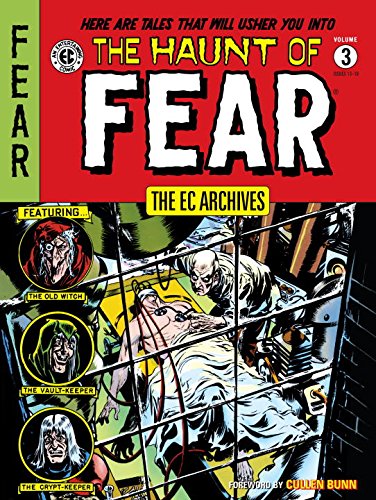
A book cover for The EC Archives: The Haunt of Fear Volume 3; Jack Davis; Comics & Graphic Novels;